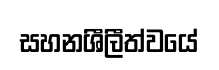
සහනශීලීත්වයේ